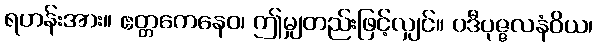
ရဟန်းအား။ ဧတ္တကေနေဝ၊ ဤမျှတည်းဖြင့်လျှင်။ ပဒီပုဇ္ဇလနံဝိယ၊